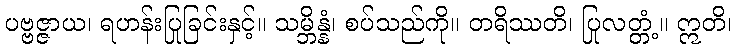
ပဗ္ဗဇ္ဇာယ၊ ရဟန်းပြုခြင်းနှင့်။ သမ္ဘိန္နံ၊ စပ်သည်ကို။ တရိဿတိ၊ ပြုလတ္တံ့။ ဣတိ၊